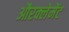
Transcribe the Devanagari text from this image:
औरक्लेमेंट